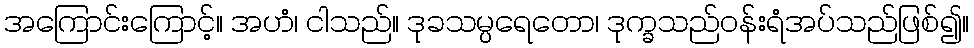
အကြောင်းကြောင့်။ အဟံ၊ ငါသည်။ ဒုခသမ္ပရေတော၊ ဒုက္ခသည်ဝန်းရံအပ်သည်ဖြစ်၍။